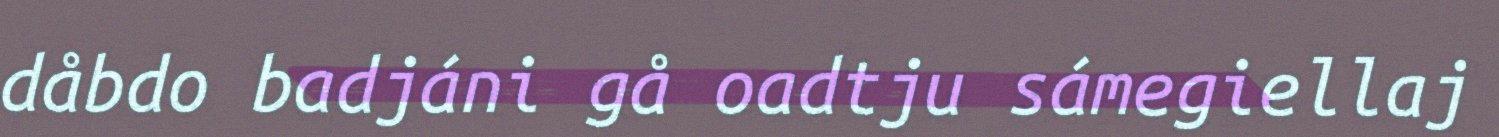
dåbdo badjáni gå oadtju sámegiellaj